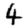
Digit: 4